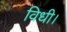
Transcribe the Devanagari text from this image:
विधी।